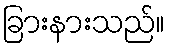
ခြားနားသည်။